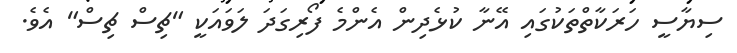
ސިޔާސީ ހަރަކާތްތަކުގައި އޭނާ ކުޅެދިން އެންމެ ފޯރިގަދަ ލަވައަކީ "ޗިސް ޗިސް" އެވެ.